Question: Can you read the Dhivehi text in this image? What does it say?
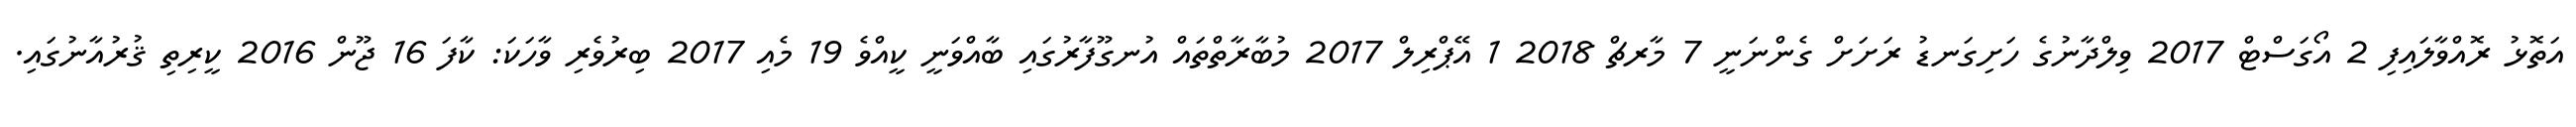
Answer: އަތޮޅު ރޮއްވާލައިފި 2 އޯގަސްޓް 2017 ވިލްދާނުގެ ހަށިގަނޑު ރަށަށް ގެންނަނީ 7 މާރޗް 2018 1 އޭޕްރިލް 2017 މުބާރާތްތައް އުނގޫފާރުގައި ބާއްވަނީ ކީއްވެ 19 މެއި 2017 ބިރުވެރި ވާހަކަ: ކާފަ 16 ޖޫން 2016 ކީރިތި ޤުރުއާނުގައި.